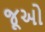
જૂઅો